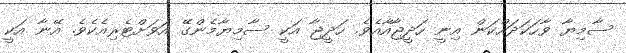
ސާމިޔާ ވާހަކަދައްކަން އިނީ ހަދީޖާއާއެވެ. ހަދީޖާ އަކީ ސާމިޔާމެންގޭ އަވަށްޓެރިއެކެވެ. އޭނާ އަކީ